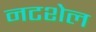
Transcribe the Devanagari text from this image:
नटशेल